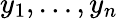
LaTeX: y_{1},\ldots,y_{n}